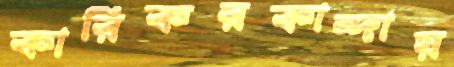
কারিকরকান্দায়